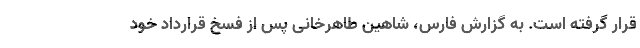
قرار گرفته است. به گزارش فارس، شاهین طاهرخانی پس از فسخ قرارداد خود